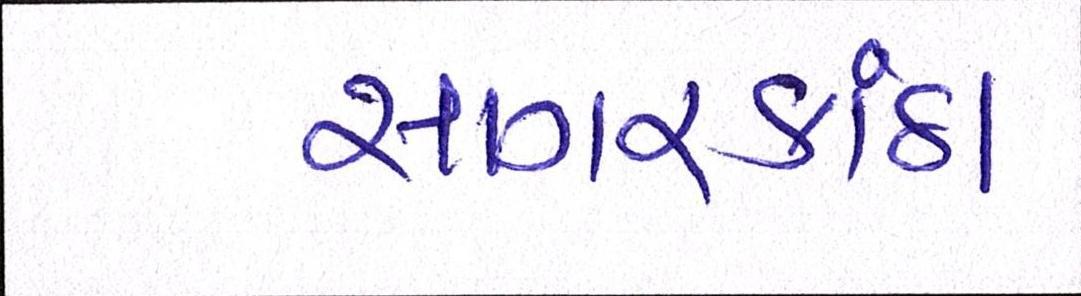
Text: સાગરકાંઠા